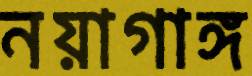
নয়াগাঙ্গ